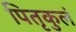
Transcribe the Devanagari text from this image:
पितृकुलं